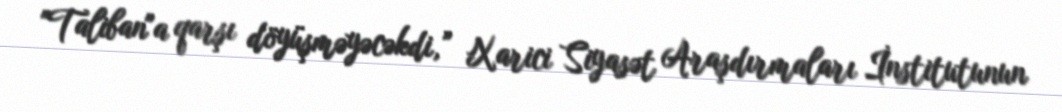
"Taliban"a qarşı döyüşməyəcəkdi,” Xarici Siyasət Araşdırmaları İnstitutunun